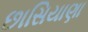
છાસિયાણા